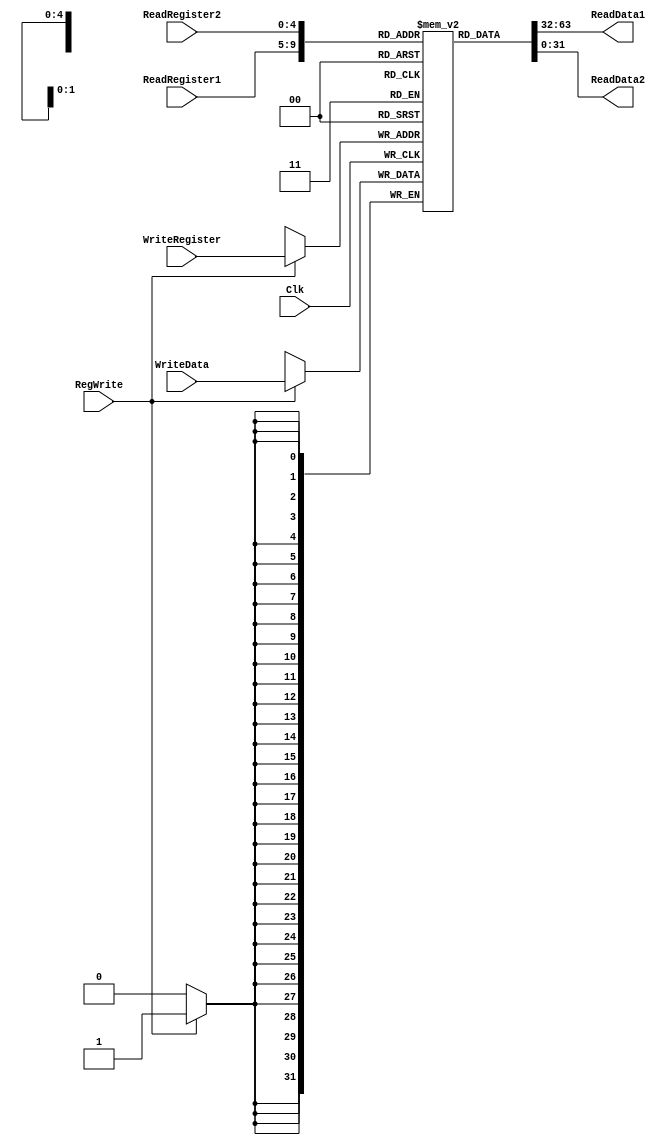
`timescale 1ns / 1ps

////////////////////////////////////////////////////////////////////////////////
// ECE369 - Computer Architecture
// 
//
//
// Student(s) Name and Last Name: FILL IN YOUR INFO HERE!
//
//
// Module - register_file.v
// Description - Implements a register file with 32 32-Bit wide registers.
//
// 
// INPUTS:-
// ReadRegister1: 5-Bit address to select a register to be read through 32-Bit 
//                output port 'ReadRegister1'.
// ReadRegister2: 5-Bit address to select a register to be read through 32-Bit 
//                output port 'ReadRegister2'.
// WriteRegister: 5-Bit address to select a register to be written through 32-Bit
//                input port 'WriteRegister'.
// WriteData: 32-Bit write input port.
// RegWrite: 1-Bit control input signal.
//
// OUTPUTS:-
// ReadData1: 32-Bit registered output. 
// ReadData2: 32-Bit registered output. 
//
// FUNCTIONALITY:-
// 'ReadRegister1' and 'ReadRegister2' are two 5-bit addresses to read two 
// registers simultaneously. The two 32-bit data sets are available on ports 
// 'ReadData1' and 'ReadData2', respectively. 'ReadData1' and 'ReadData2' are 
// registered outputs (output of register file is written into these registers 
// at the falling edge of the clock). You can view it as if outputs of registers
// specified by ReadRegister1 and ReadRegister2 are written into output 
// registers ReadData1 and ReadData2 at the falling edge of the clock. 
//
// 'RegWrite' signal is high during the rising edge of the clock if the input 
// data is to be written into the register file. The contents of the register 
// specified by address 'WriteRegister' in the register file are modified at the 
// rising edge of the clock if 'RegWrite' signal is high. The D-flip flops in 
// the register file are positive-edge (rising-edge) triggered. (You have to use 
// this information to generate the write-clock properly.) 
//
// NOTE:-
// We will design the register file such that the contents of registers do not 
// change for a pre-specified time before the falling edge of the clock arrives 
// to allow for data multiplexing and setup time.
////////////////////////////////////////////////////////////////////////////////

module RegisterFile(ReadRegister1, ReadRegister2, WriteRegister, WriteData, RegWrite, Clk, ReadData1, ReadData2);

	/* Please fill in the implementation here... */
	input [4:0] ReadRegister1, ReadRegister2, WriteRegister;
	input [31:0] WriteData;
	input RegWrite, Clk;
	
	output reg [31:0] ReadData1, ReadData2;

	reg [31:0] Registers [0:31];
	integer i;

	initial begin
		for (i = 0; i < 32; i = i + 1) begin
			Registers[i] <= 32'd0;
		end
	end 

	always @(*) begin
		ReadData1 <= Registers[ReadRegister1];
		ReadData2 <= Registers[ReadRegister2];
	end

	always @(negedge Clk) begin
		if (RegWrite == 1) begin
			Registers[WriteRegister] <= WriteData;
		end
	end

endmodule